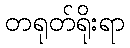
တရုတ်ရိုးရာ